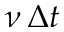
\nu \, \Delta t